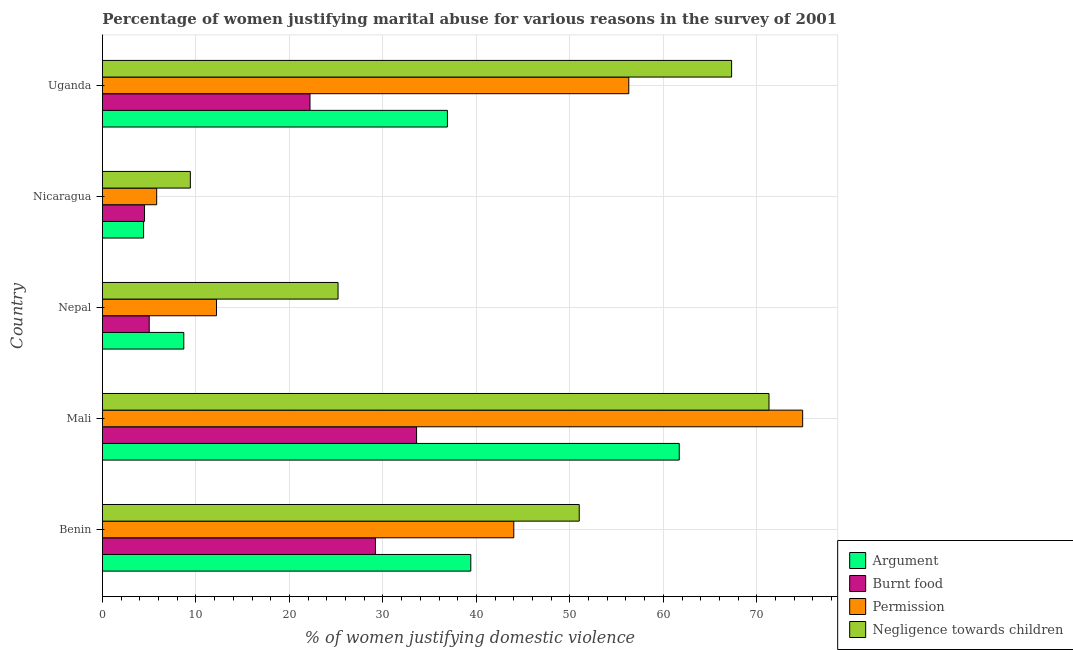
| Country | Argument | Burnt food | Permission | Negligence towards children |
 | --- | --- | --- | --- | --- |
 | Benin | 39.4 | 29.2 | 44 | 51 |
 | Mali | 61.7 | 33.6 | 74.9 | 71.3 |
 | Nepal | 8.7 | 5 | 12.2 | 25.2 |
 | Nicaragua | 4.4 | 4.5 | 5.8 | 9.4 |
 | Uganda | 36.9 | 22.2 | 56.3 | 67.3 |